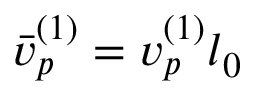
\bar { v } _ { p } ^ { ( 1 ) } = v _ { p } ^ { ( 1 ) } l _ { 0 }